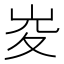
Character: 𡶣